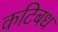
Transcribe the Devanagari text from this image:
कटिबध